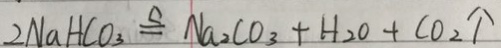
2 N a H C O _ { 3 } \cong N a _ { 2 } C O _ { 3 } + H _ { 2 } O + C O _ { 2 } \uparrow